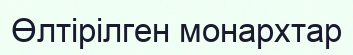
Өлтірілген монархтар